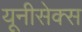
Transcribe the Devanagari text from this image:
यूनीसेक्स